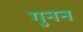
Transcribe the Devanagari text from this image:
गुनन